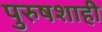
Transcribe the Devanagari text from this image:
पुरुषशाही